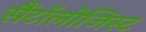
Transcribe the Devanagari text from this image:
सैंटॉलोजिस्ट